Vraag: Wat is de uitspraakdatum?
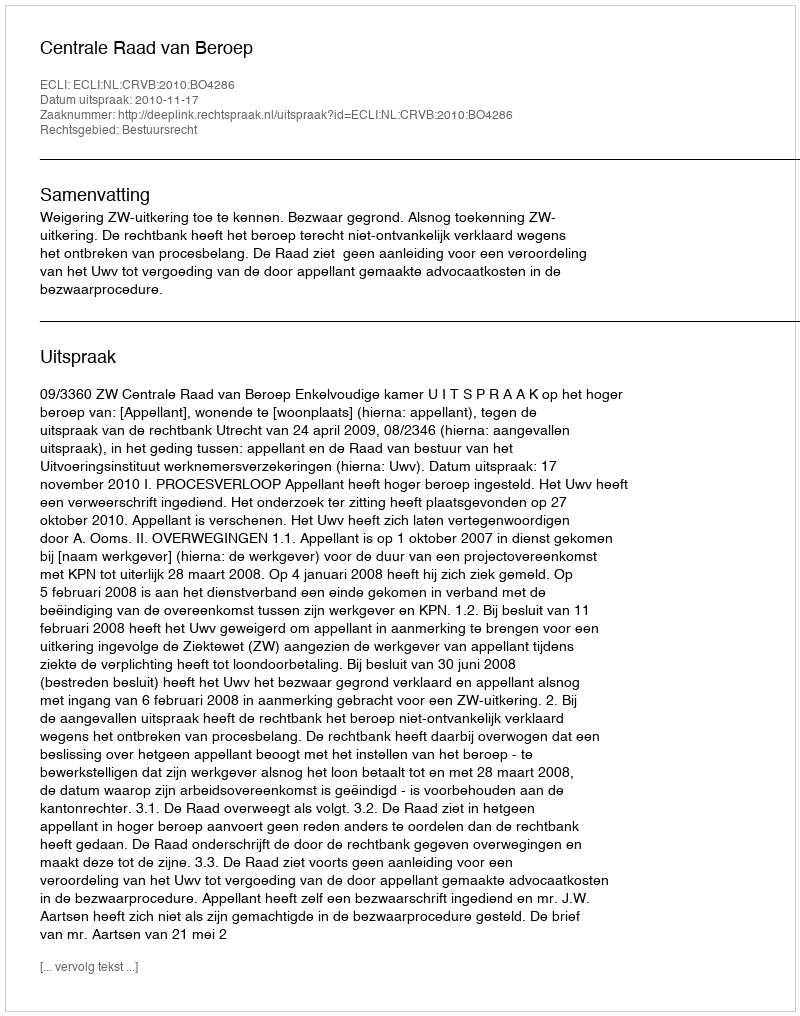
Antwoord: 2010-11-17